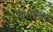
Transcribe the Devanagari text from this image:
बालशेखरन